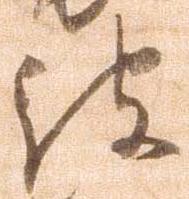
被